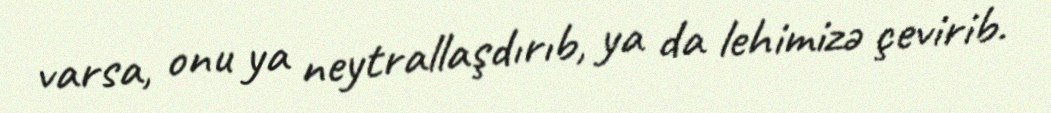
varsa, onu ya neytrallaşdırıb, ya da lehimizə çevirib.